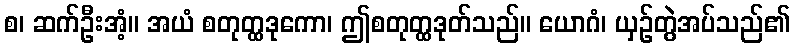
စ၊ ဆက်ဦးအံ့။ အယံ စတုတ္ထဒုကော၊ ဤစတုတ္ထဒုတ်သည်။ ယောဂံ၊ ယှဉ်တွဲအပ်သည်၏